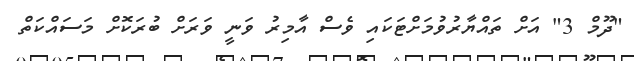
"ދޫމް 3" އަށް ތައްޔާރުވުމަށްޓަކައި ވެސް އާމިރު ވަނީ ވަރަށް ބުރަކޮށް މަސައްކަތް